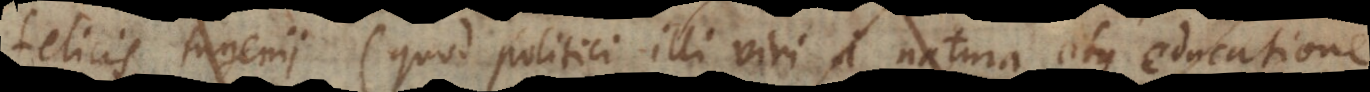
quod politici illi viri a natura atque educatione